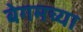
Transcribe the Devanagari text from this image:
बेगमच्या